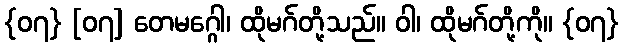
{၀၇} [၀၇] တေမဂ္ဂေါ၊ ထိုမဂ်တို့သည်။ ဝါ၊ ထိုမဂ်တို့ကို။ {၀၇}